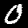
Digit: 0